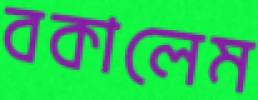
বকালেম